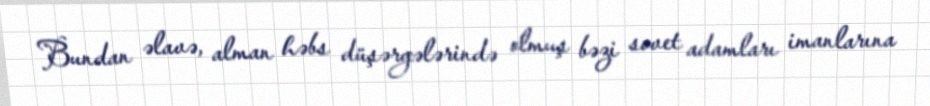
Bundan əlavə, alman həbs düşərgələrində olmuş bəzi sovet adamları imanlarına